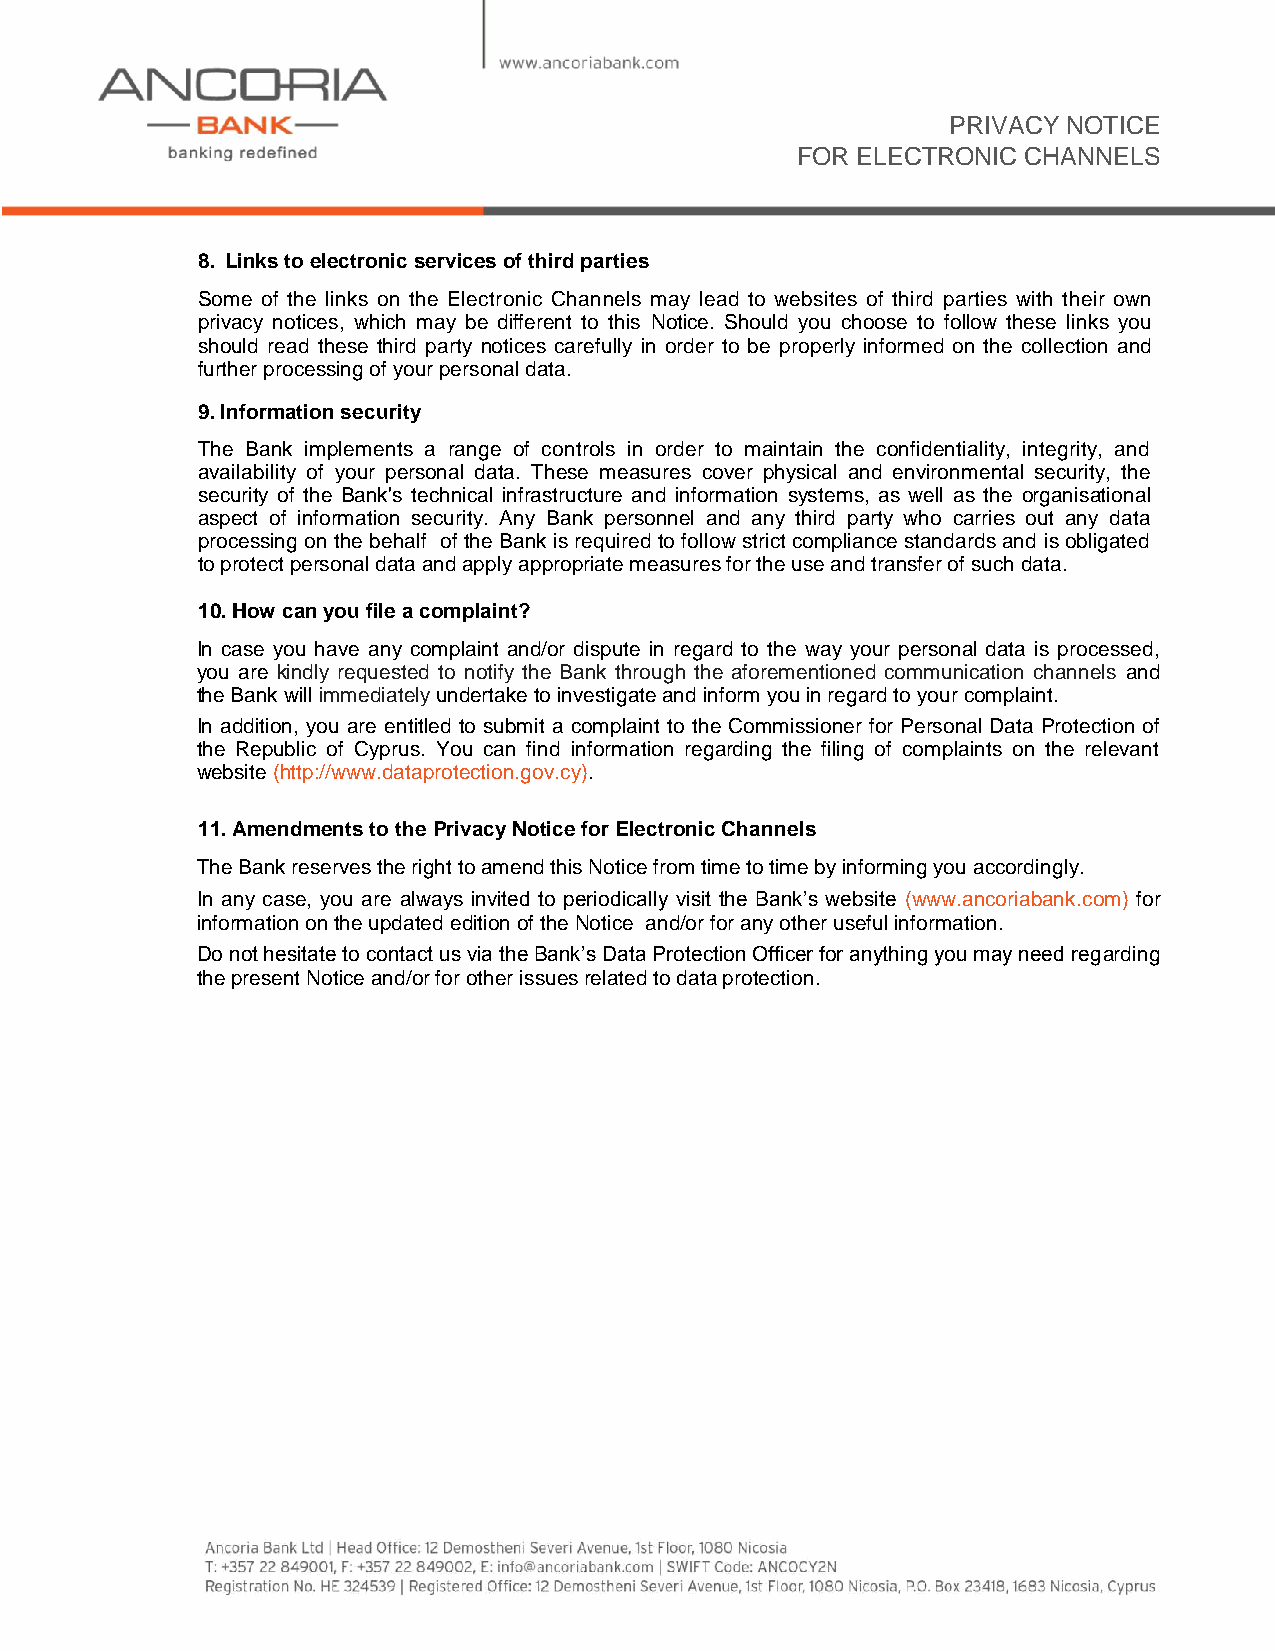
PRIVACY NOTICE
 FOR ELECTRONIC CHANNELS
 8. Links to electronic services of third parties
 Some of the links on the Electronic Channels may lead to websites of third parties with their own
 privacy notices, which may be different to this Notice. Should you choose to follow these links you
 should read these third party notices carefully in order to be properly informed on the collection and
 further processing of your personal data.
 9. Information security
 The Bank implements a range of controls in order to maintain the confidentiality, integrity, and
 availability of your personal data. These measures cover physical and environmental security, the
 security of the Bank's technical infrastructure and information systems, as well as the organisational
 aspect of information security. Any Bank personnel and any third party who carries out any data
 processing on the behalf of the Bank is required to follow strict compliance standards and is obligated
 to protect personal data and apply appropriate measures for the use and transfer of such data.
 10. How can you file a complaint?
 In case you have any complaint and/or dispute in regard to the way your personal data is processed,
 you are kindly requested to notify the Bank through the aforementioned communication channels and
 the Bank will immediately undertake to investigate and inform you in regard to your complaint.
 In addition, you are entitled to submit a complaint to the Commissioner for Personal Data Protection of
 the Republic of Cyprus. You can find information regarding the filing of complaints on the relevant
 website (http://www.dataprotection.gov.cy).
 11. Amendments to the Privacy Notice for Electronic Channels
 The Bank reserves the right to amend this Notice from time to time by informing you accordingly.
 In any case, you are always invited to periodically visit the Bank’s website (www.ancoriabank.com) for
 information on the updated edition of the Notice and/or for any other useful information.
 Do not hesitate to contact us via the Bank’s Data Protection Officer for anything you may need regarding
 the present Notice and/or for other issues related to data protection.